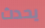
يحدث